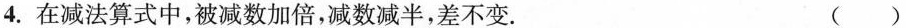
4.在减法算式中，被减数加倍，减数减半，差不变. ( )